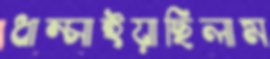
ধাম্‌সাইয়াছিলাম